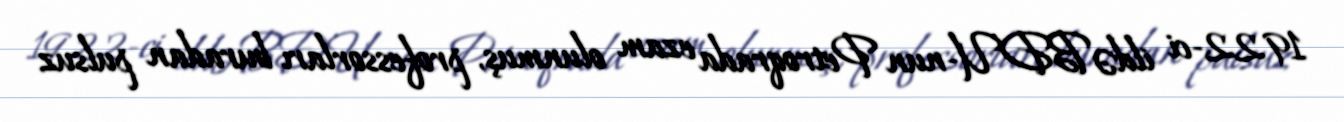
1922-ci ildə BDU-nun Petroqrada ezam olunmuş, professorları buradan pulsuz